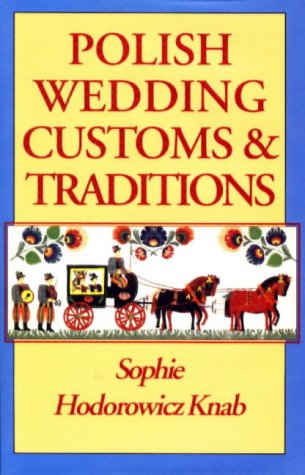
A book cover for Polish Wedding Customs & Traditions; Sophie Hodorowicz Knab; Crafts, Hobbies & Home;